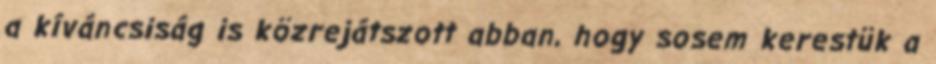
a kíváncsiság is közrejátszott abban, hogy sosem kerestük a